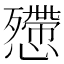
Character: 𢤔